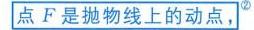
点\(F\)是抛物线上的动点，\(^{\textcircled{2}}\)